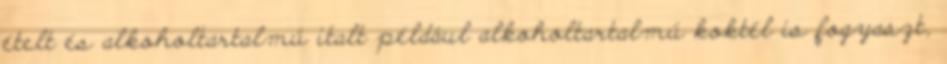
ételt és alkoholtartalmú italt például alkoholtartalmú koktél is fogyaszt,